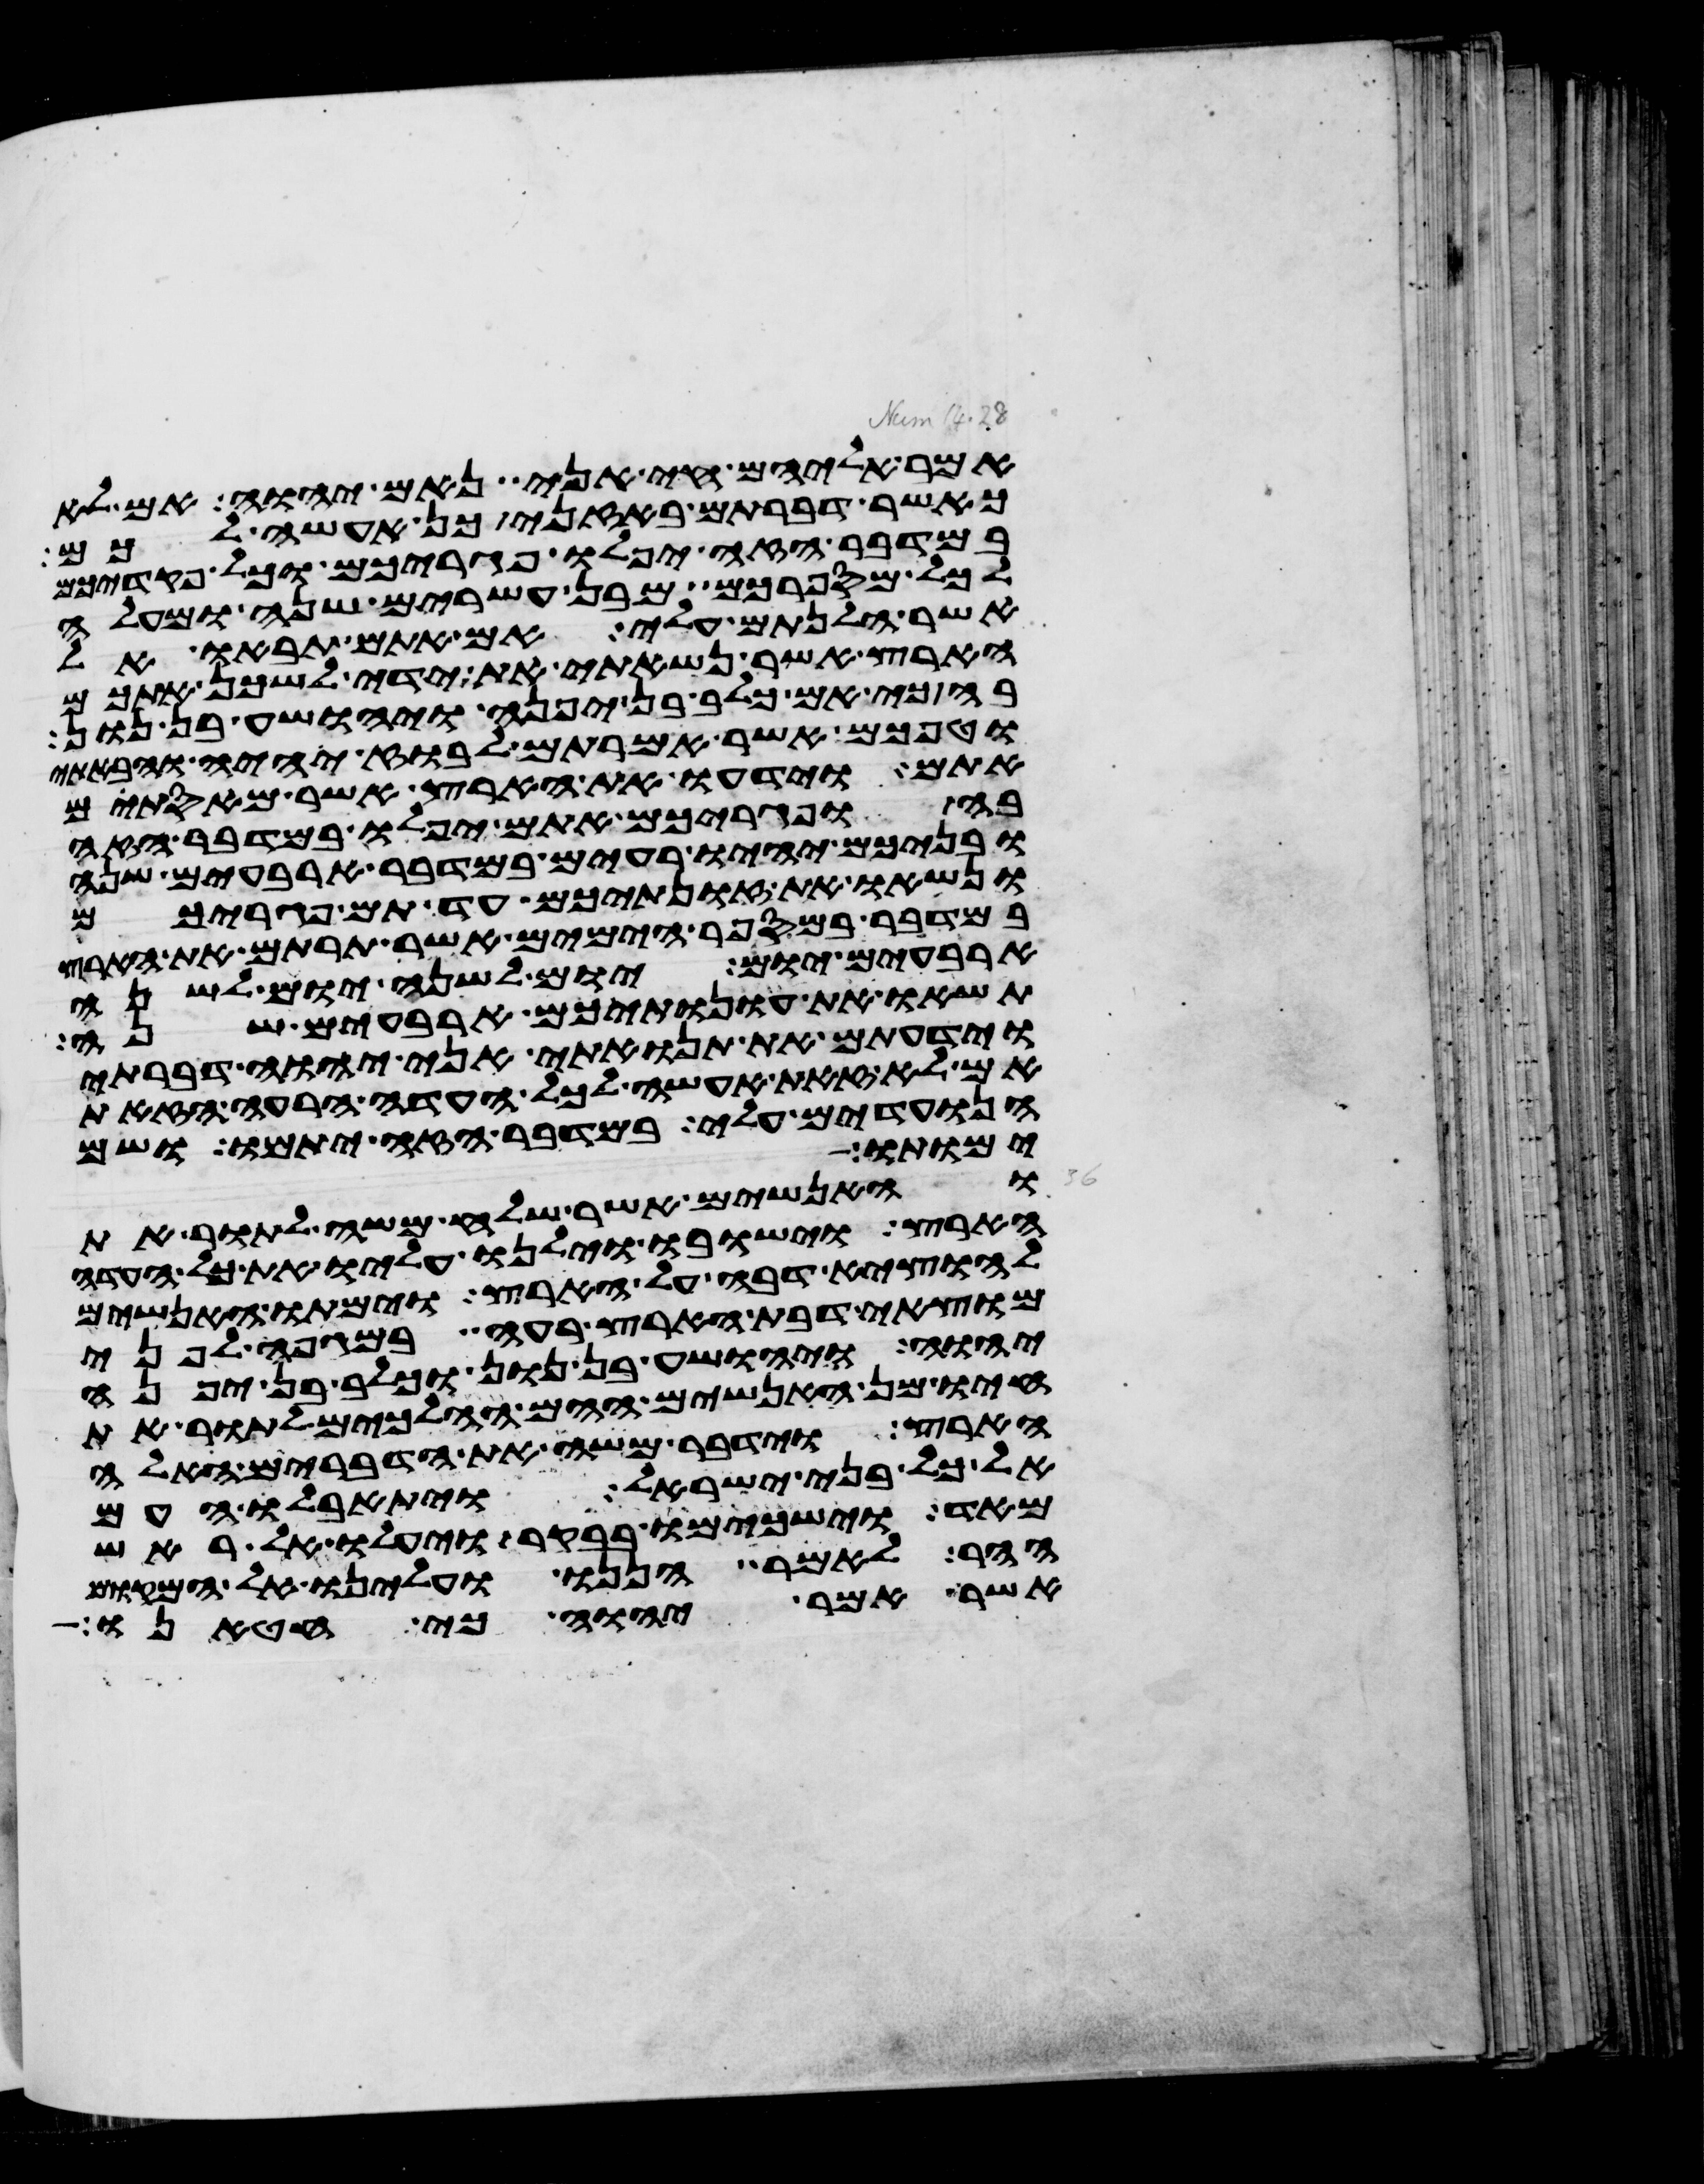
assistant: אמר אליהם חי אני נאם יהוה אם לא
כאשר דברתם באזני כן אעשה לכם
במדבר הזה יפלו פגריכם וכל פקדיכם
לכל מספרכם מבן עשרים שנה ומעלה
אשר הלנתם עלי אם אתם תבאו אל
הארץ אשר נשאתי את ידי לשכן אתכם
בה כי אם כלב בן יפנה ויהושע בן נון
וטפכם אשר אמרתם לבוז יהיה והבאתי
אתם וידעו את הארץ אשר מאסתם
בה ופגריכם אתם יפלו במדבר הזה
ובניכם יהיו רעים במדבר ארבעים שנה
ונשאו את זונתיכם עד תם פגריכם
במדבר במספר הימים אשר תרתם את הארץ
ארבעים יום יום לשנה יום לשנה
תשאו את עונתיכם ארבעים שנה
וידעתם את תנואתי אני יהוה דברתי
אם לא זאת אעשה לכל העדה הרעה הזאת
הנועדים עלי במדבר הזה יתמו ושם
ימותו
והאנשים אשר שלח משה לתור את
הארץ וישבו וילנו עליו את כל העדה
להוציא דבה על הארץ וימתו האנשים
מוצאי דבת הארץ רעה במגפה לפני
יהוה ויהושע בן נון וכלב בן יפנה
חיו מן האנשים ההם ההלכים לתור את
הארץ וידבר משה את הדברים האלה
אל כל בני ישראל ויתאבלו העם
מאד וישכמו בבקר ויעלו אל ראש
ההר לאמר הננו ועלינו אל המקום
אשר אמר יהוה כי חטאנו